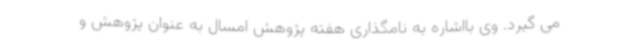
می گیرد. وی بااشاره به نامگذاری هفته پژوهش امسال به عنوان پژوهش و